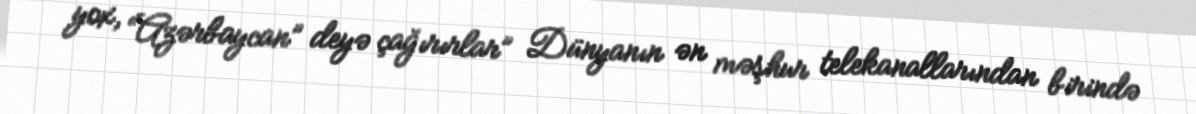
yox, “Azərbaycan” deyə çağırırlar” Dünyanın ən məşhur telekanallarından birində